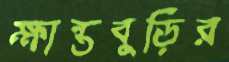
ক্ষান্তবুড়ির